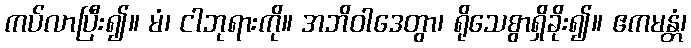
ကပ်လာပြီး၍။ မံ၊ ငါဘုရားကို။ အဘိဝါဒေတွာ၊ ရိုသေစွာရှိခိုး၍။ ဧကမန္တံ၊